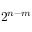
2 ^ { n - m }